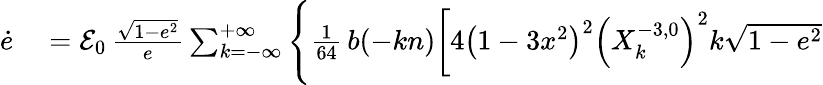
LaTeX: \begin{array}{rl}{\dot{e}}&{{}={\cal E}_{0}\, \frac{\sqrt{1-e^{2}}}{e}\sum_{k=-\infty}^{+\infty}\Bigg\{ \frac{1}{64}\, b(-kn)\bigg[4\left(1-3x^{2}\right)^{2}\left(X_{k}^{-3,0}\right)^{2}k\sqrt{1-e^{2}}}\end{array}